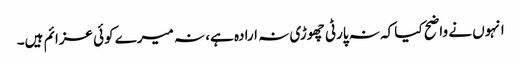
انہوں نے واضح کیا کہ نہ پارٹی چھوڑی نہ ارادہ ہے، نہ میرے کوئی عزائم ہیں۔